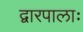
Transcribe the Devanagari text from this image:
द्वारपालाः